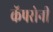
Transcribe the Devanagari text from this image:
कॅपरोनी